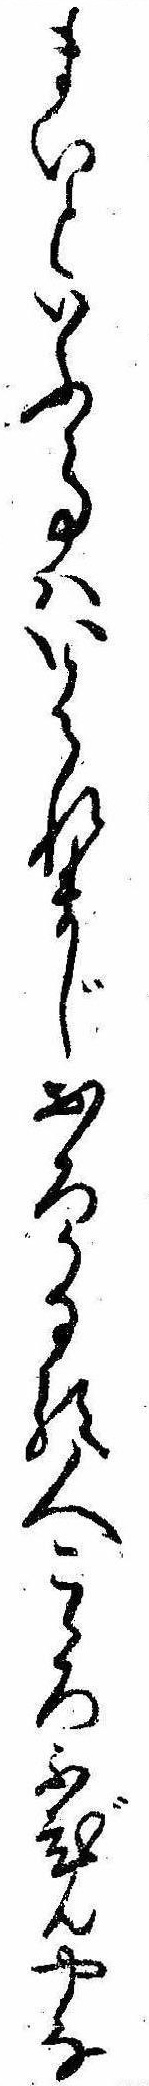
まいといふ事はいはれまじおろかなる人こゝろふびんやな